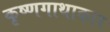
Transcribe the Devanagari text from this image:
कृष्णगाथाकार